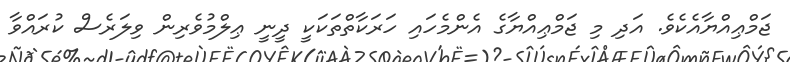
ޖަމްޢިއްޔާއެކެވެ. އަދި މި ޖަމްޢިއްޔާގެ އެންމެހައި ހަރަކާތްތަކަކީ ދީނީ ޢިލްމުވެރިން ވިލަރެސް ކުރައްވާ